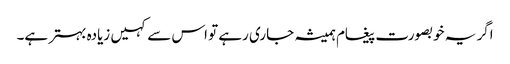
اگر یہ خوبصورت پیغام ہمیشہ جاری رہے تو اس سے کہیں زیادہ بہتر ہے۔